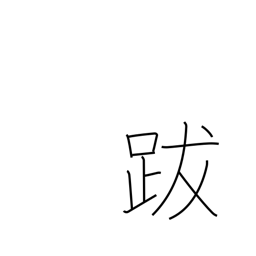
Meaning: epilogue